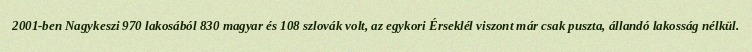
2001-ben Nagykeszi 970 lakosából 830 magyar és 108 szlovák volt, az egykori Érseklél viszont már csak puszta, állandó lakosság nélkül.